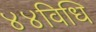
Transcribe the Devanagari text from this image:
४४विधि